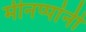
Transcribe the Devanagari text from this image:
मीनप्पांनी